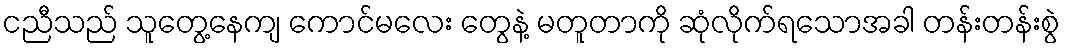
ငညီသည် သူတွေ့နေကျ ကောင်မလေး တွေနဲ့ မတူတာကို ဆုံလိုက်ရသောအခါ တန်းတန်းစွဲ